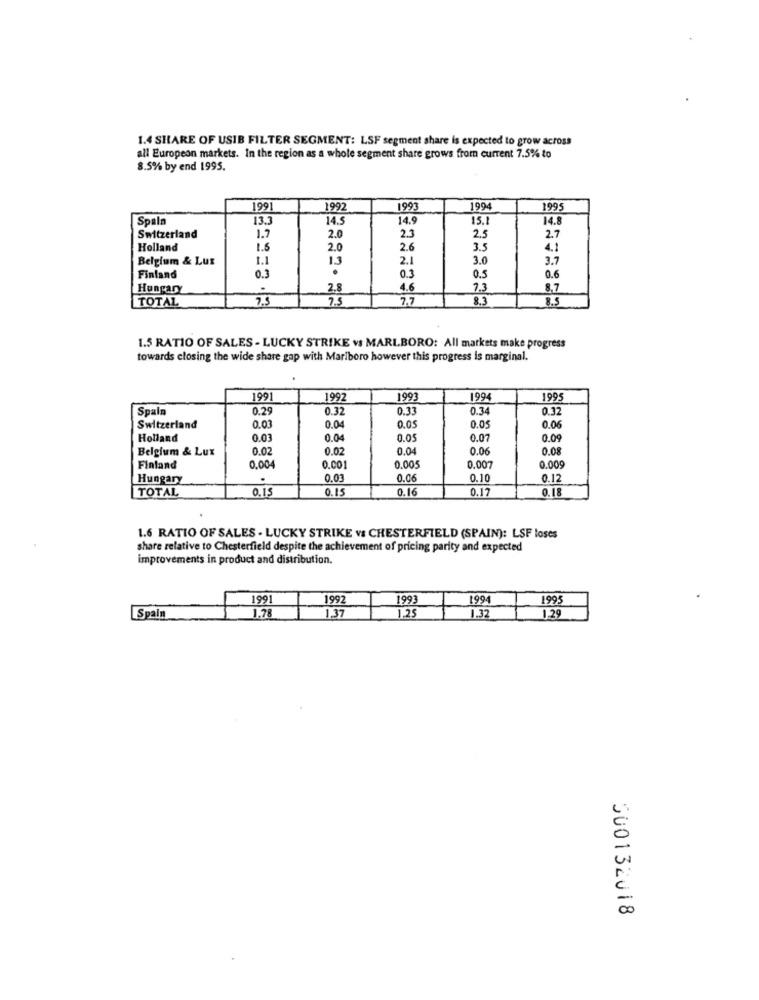
1.4 SHARE OF USIB FILTER SEGMENT: LSF segment share is expected to grow across
all European markets. In the region as a whole segment share grows from current 7.5% to
8.5% by end 1995.
1991
1997
1993
1994
1995
Spaln
13.3
14.5
14.9
15.1
14.8
2.5
Switzerland
1.9
2.0
2.3
2.7
Holland
1.6
2.0
2.6
3.5
4.1
Belgium & Lux
1.1
13
2.1
3.0
3.7
0.3
Finland
0.3
0.5
0.6
Hungary
2.8
4.6
7.3
8,7
TOTAL
7.5
7.7
8.3
1.5 RATIO OF SALES - LUCKY STRIKE vs MARLBORO: All markets make progress
towards closing the wide share gap with Marlboro however this progress is marginal.
1991
1992
1993
1994
1995
Spain
0.29
0.32
0.33
0.34
0.32
Switzerland
0.03
0.04
0.05
0.05
0.06
Holland
0.03
0.04
0.05
0.07
0.09
Belgium & Lux
0.02
0.02
0.04
0.0
0.08
Finland
0,004
0.001
0.005
0.007
0.00
Hungary
.
0.03
0.06
0.10
0.12
TOTAL
0.15
0.15
0.16
0.17
0.18
1.6 RATIO OF SALES . LUCKY STRIKE vs CHESTERFIELD (SPAIN): LSF loses
share relative to Chesterfield despite the achievement of pricing parity and expected
improvements in product and distribution.
1991
1992
1993
1994
1995
1.37
1.25
1.29
Spain
1.78
1.32
300132018